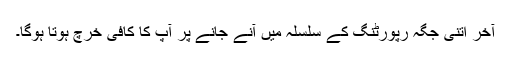
آخر اتنی جگہ رپورٹنگ کے سلسلہ میں آنے جانے پر آپ کا کافی خرچ ہوتا ہوگا۔